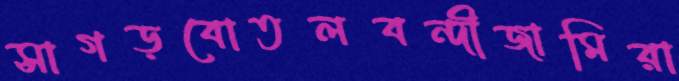
সাগড়বোতলবন্দীজামিরা